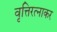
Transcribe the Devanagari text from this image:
वृत्तिरत्नाकर